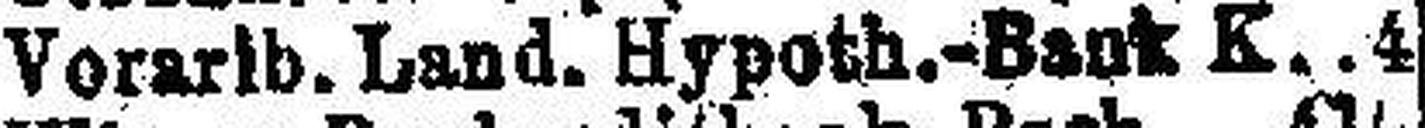
Vorarlb. Land. Hypoth.-Bank K. 4